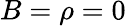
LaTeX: B=\rho=0